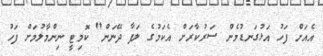
އެއަށް ފަހު އަޅުގަނޑުމެން ސަރުކާރަށް އެކަމުގެ ލަފާ ދޭނަން" ކޮމިޓީ ނިންމާލުމަށް ފަހު